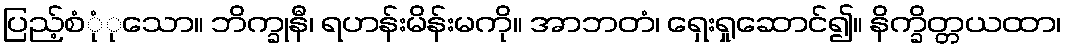
ပြည့်စုုံံသော။ ဘိက္ခုနီ၊ ရဟန်းမိန်းမကို။ အာဘတံ၊ ရှေးရှုဆောင်၍။ နိက္ခိတ္တယထာ၊